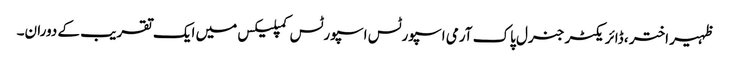
ظہیر اختر ، ڈائریکٹر جنرل پاک آرمی اسپورٹس اسپورٹس کمپلیکس میں ایک تقریب کے دوران۔